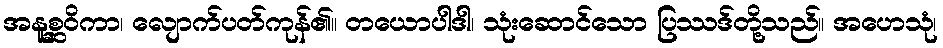
အနူစ္ဆဝိကာ၊ လျောက်ပတ်ကုန်၏။ တယောပါဒါ၊ သုံးဆောင်သော ပြဿဒ်တို့သည်။ အဟေသုံ၊